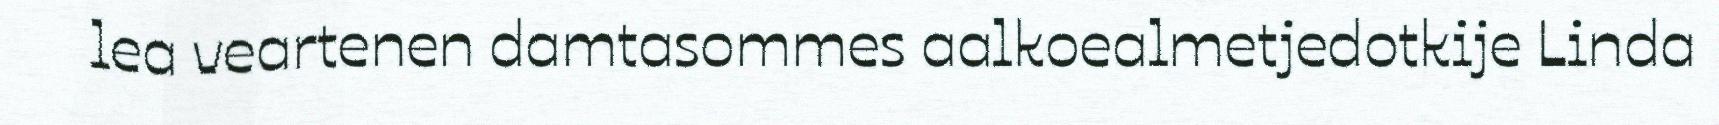
lea veartenen damtasommes aalkoealmetjedotkije Linda